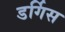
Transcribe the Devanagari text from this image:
डर्गिस